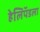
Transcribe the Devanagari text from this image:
हेलिपॅडला